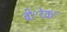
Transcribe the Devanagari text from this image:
बी॰टेक॰